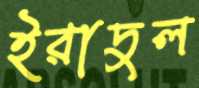
ইরাদুল